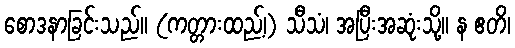
စောဒနာခြင်းသည်။ (ကတ္တားထည့်၊) သီသံ၊ အပြီးအဆုံးသို့။ န ဧတိ၊